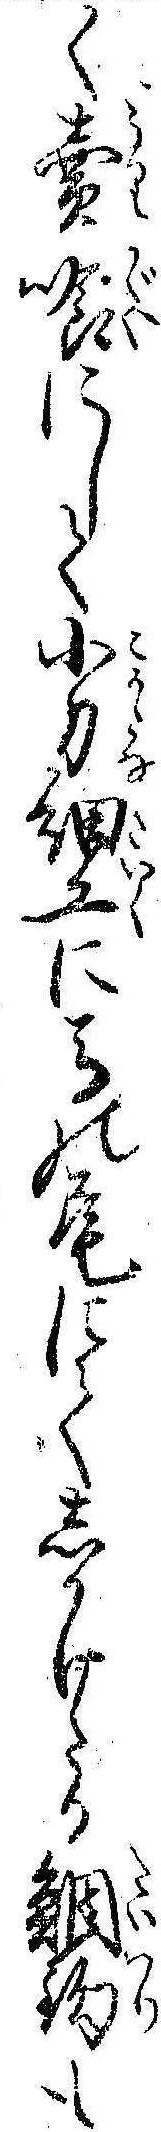
く売喰にして小刀細工に馬の尾にてしかけたる鯛鈎も